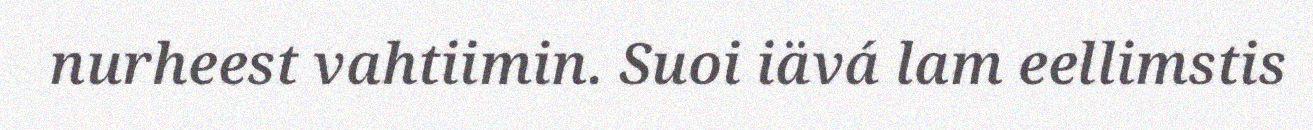
nurheest vahtiimin. Suoi iävá lam eellimstis